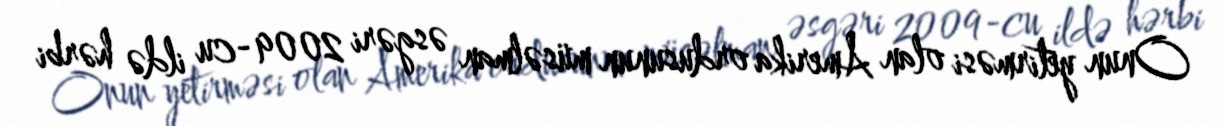
Onun yetirməsi olan Amerika ordusunun müsəlman əsgəri 2009-cu ildə hərbi